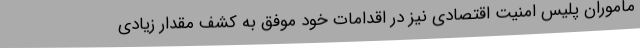
ماموران پلیس امنیت اقتصادی نیز در اقدامات خود موفق به کشف مقدار زیادی